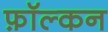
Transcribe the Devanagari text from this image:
फ़ॉल्कन